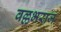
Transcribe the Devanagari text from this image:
वल्लभराज